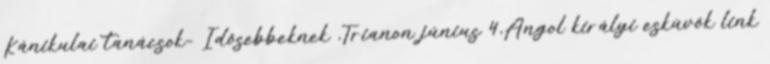
Kánikulai tanácsok- Idősebbeknek ,Trianon június 4,Angol királyi esküvők link